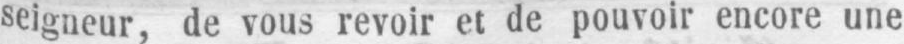
seigneur, de vous revoir et de pouvoir encore une